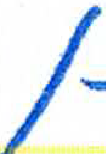
אות: ן